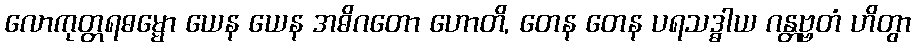
လောကုတ္တရဓမ္မော ယေန ယေန အဓိဂတော ဟောတိ, တေန တေန ပရသဒ္ဓါယ ဂန္တဗ္ဗတံ ဟိတွာ